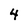
Character: 4